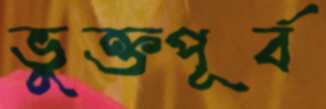
ভুক্তপূর্ব